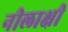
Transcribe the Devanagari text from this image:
नीलाक्षी